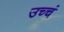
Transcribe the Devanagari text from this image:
उच्चं